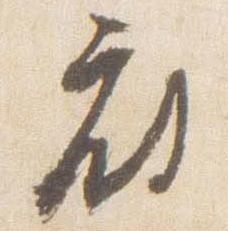
府